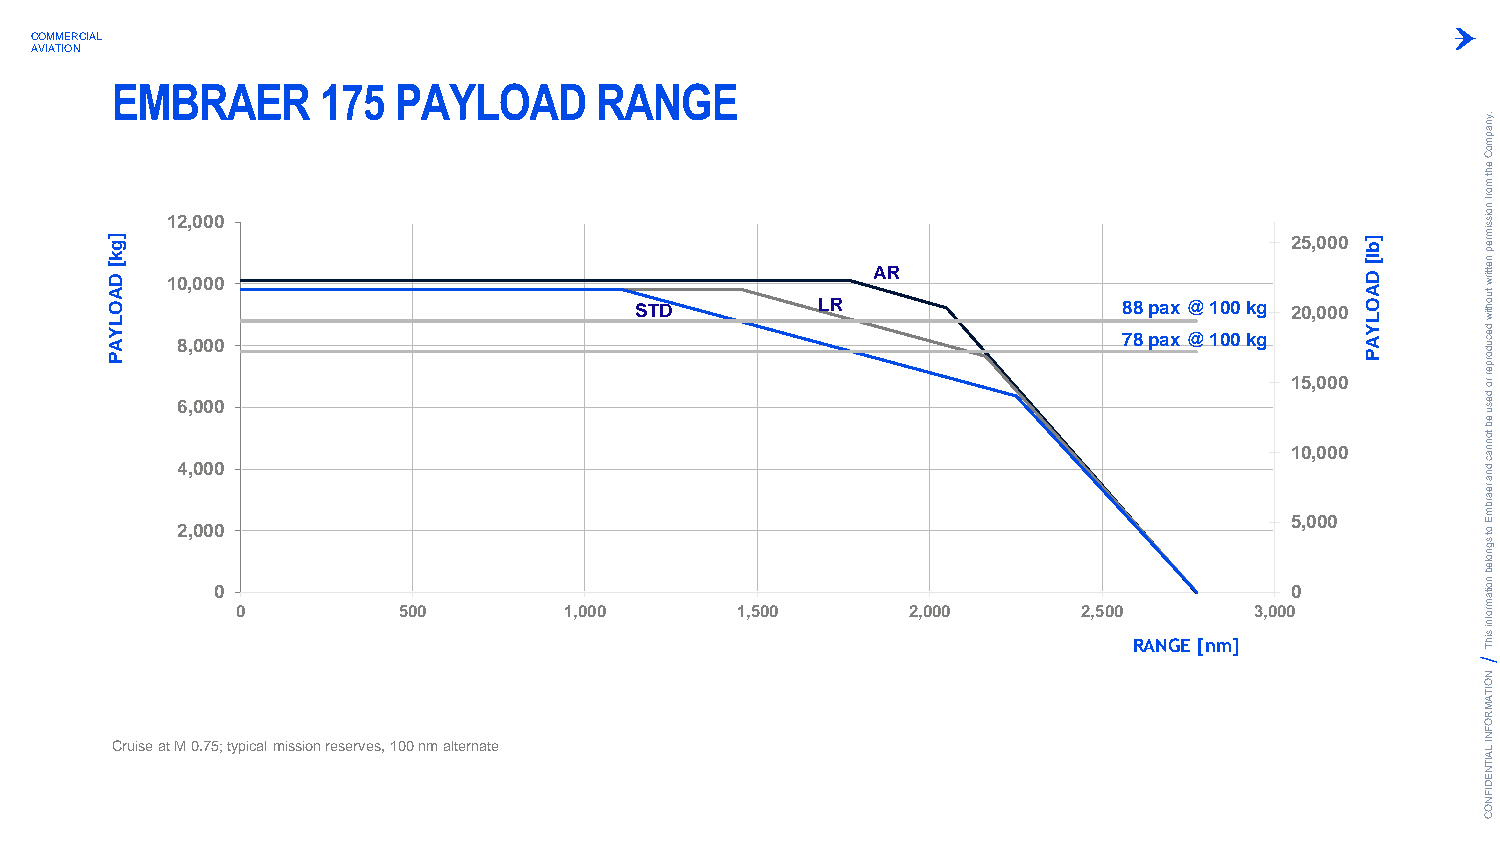
COMMERCIAL
 AVIATION
 EMBRAER       175  PAYLOAD      RANGE
 .ynapm
 oC
 eht
 m
 ]g
 k
 [
 D
 11 02 ,, 00 00 00
 AR
 25,000 ] b
 l[
 D
 orf
 noissim
 rep
 nettirw
 A
 O
 L
 Y
 A
 P
 468 ,,, 000 000 000
 STD         LR                  78 88 pp aa xx @@ 11 00 00 kk gg 112 050 ,,, 000 000 000
 A
 O
 L
 Y
 A
 P
 tuohtiw
 decudorper
 ro
 desu
 eb
 tonnac
 dna
 rearbm
 5,000        E
 2,000
 0                                                                      0
 ot
 sgnoleb
 noitam
 0         500        1,000       1,500      2,000       2,500
 RANGE [nm]
 3,000          rofni
 sihT
 N
 O
 ITA
 M
 R
 O
 F
 N
 Cruise at M 0.75; typical mission reserves, 100 nm alternate                               I LA
 IT
 N
 E
 D
 IF
 N
 O
 C